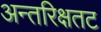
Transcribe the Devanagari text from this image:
अन्तरिक्षतट